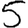
Digit: 5